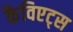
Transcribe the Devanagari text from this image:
कैविएट्स